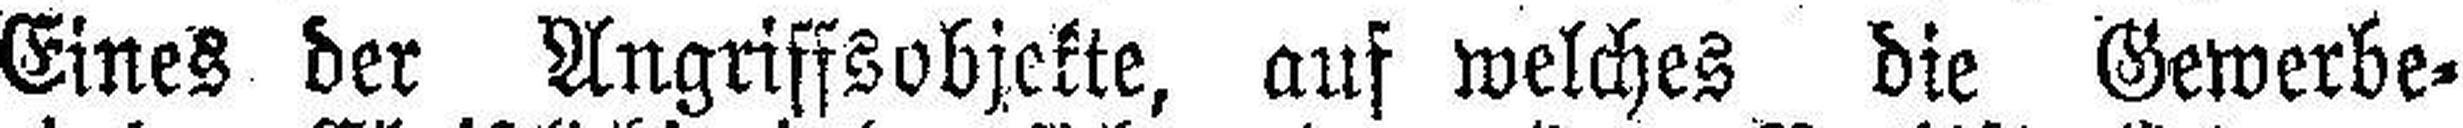
Eines der Angriffsobjekte, auf welches die Gewerbe¬